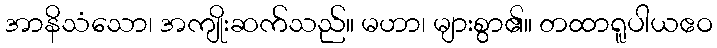
အာနိသံသော၊ အကျိုးဆက်သည်။ မဟာ၊ များစွာ၏။ တထာရူပါယဧဝ